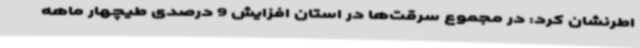
اطرنشان کرد: در مجموع سرقت‌ها در استان افزایش 9 درصدی طیچهار ماهه